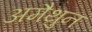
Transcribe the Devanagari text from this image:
अमैथुन